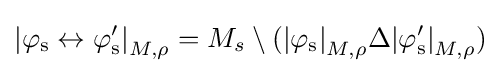
\mathrm {\left\vert \varphi _{s}\leftrightarrow \varphi '_{s}\right\vert } _{M,\rho }=M_{s}\setminus (\mathrm {\left\vert \varphi _{s}\right\vert } _{M,\rho }\Delta \mathrm {\left\vert \varphi '_{s}\right\vert } _{M,\rho })